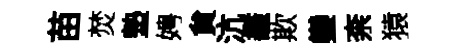
苗焚墊娉貟沆龕欺鑾柰猿